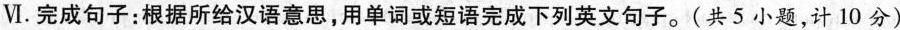
Ⅵ.完成句子:根据所给汉语意思,用单词或短语完成下列英文句子。(共5 小题,计 10 分)